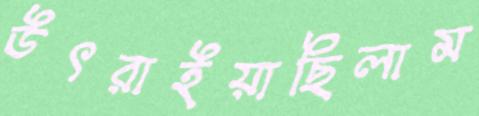
উৎরাইয়াছিলাম